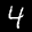
Label: 4